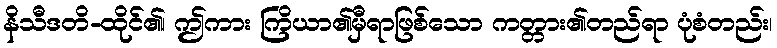
နိသီဒတိ-ထိုင်၏၊ ဤကား ကြိယာ၏မှီရာဖြစ်သော ကတ္တား၏တည်ရာ ပုံစံတည်း၊